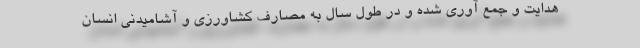
هدایت و جمع آوری شده و در طول سال به مصارف کشاورزی و آشامیدنی انسان